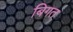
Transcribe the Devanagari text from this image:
बिगत